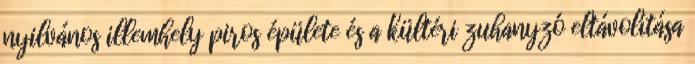
nyilvános illemhely piros épülete és a kültéri zuhanyzó eltávolítása